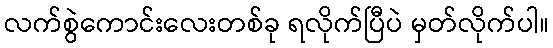
လက်စွဲကောင်းလေးတစ်ခု ရလိုက်ပြီပဲ မှတ်လိုက်ပါ။